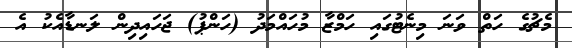
މެޗުގެ ހަތް ވަނަ މިނެޓުގައި ހަމްޒާ މުހައްމަދު (ހަންޕު) ޖަހައިދިން ލަނޑާއެކު އެ